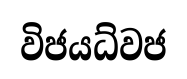
විජයධ්වජ